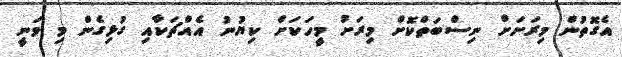
އެގޮތުން މިރަށަށް ނިސްބަތްކޮށް މިރަށު މީހަކަށް ކިޔުނު އެއްޗަކާއި ގުޅިގެން މި ވަނީ